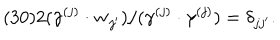
( 3 0 ) 2 ( \gamma ^ { ( j ) } \cdot { \bf w } _ { j ^ { \prime } } ) / ( \gamma ^ { ( j ) } \cdot \gamma ^ { ( j ) } ) = \delta _ { j j ^ { \prime } } .